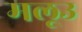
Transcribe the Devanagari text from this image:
मलूउ